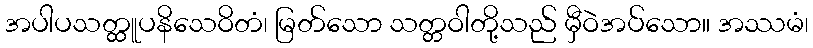
အပါပသတ္ထူပနိသေဝိတံ၊ မြတ်သော သတ္တဝါတို့သည် မှီဝဲအပ်သော။ အဿမံ၊